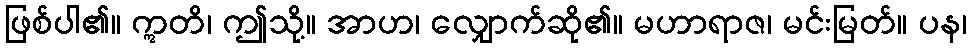
ဖြစ်ပါ၏။ ဣတိ၊ ဤသို့။ အာဟ၊ လျှောက်ဆို၏။ မဟာရာဇ၊ မင်းမြတ်။ ပန၊